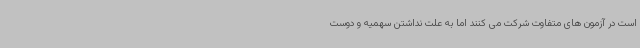
است در آزمون های متفاوت شرکت می کنند اما به علت نداشتن سهمیه و دوست